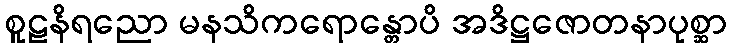
စူဠနိရညော မနသိကရောန္တောပိ အဒိဋ္ဌဇောတနာပုစ္ဆာ